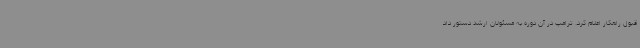
قبول راهکار اعلام کرد. ترامپ در آن دوره به مسئولان ارشد دستور داد